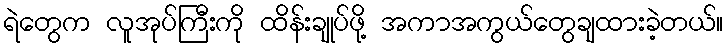
ရဲတွေက လူအုပ်ကြီးကို ထိန်းချုပ်ဖို့ အကာအကွယ်တွေချထားခဲ့တယ်။